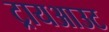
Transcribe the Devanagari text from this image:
ट्रायआउट